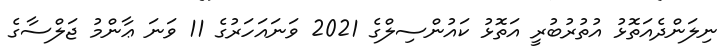
ނިލަންދެއަތޮޅު އުތުރުބުރީ އަތޮޅު ކައުންސިލްގެ 2021 ވަނައަހަރުގެ 11 ވަނަ ޢާންމު ޖަލްސާގެ